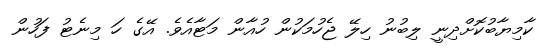
ކާމިޔާބުކޮށްދިނީ ލިބުނު ހިލޭ ޖެހުމަކުން ހުއާން މަޓާއެވެ. އޭގެ ހަ މިނެޓު ފަހުން